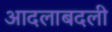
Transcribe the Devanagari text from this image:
आदलाबदली